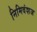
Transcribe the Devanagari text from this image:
निमिवंशज